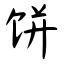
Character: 饼